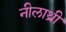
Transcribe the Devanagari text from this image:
नीलाथ्री